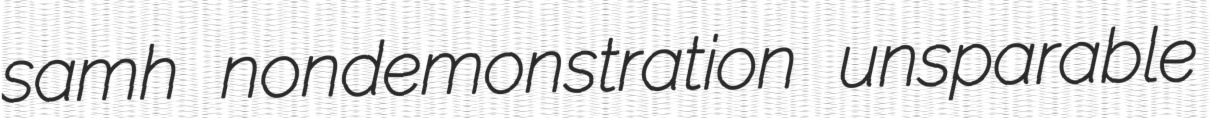
samh nondemonstration unsparable